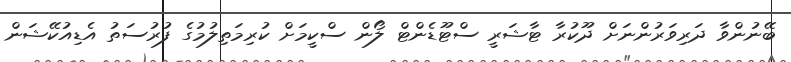
ބޭނުންވާ ދަރިވަރުންނަށް ދޫކުރާ ޓާޝަރީ ސްޓޫޑެންޓް ލޯން ސްކީމަށް ކުރިމަތިލުމުގެ ފުރުސަތު އެޑިއުކޭޝަން